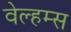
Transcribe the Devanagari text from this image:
वेल्हम्स